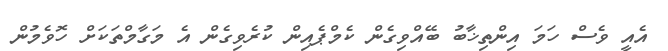
އެއީ ވެސް ހަމަ އިންތިޚާބު ބޭއްވިގެން ކެމްޕެއިން ކުރެވިގެން އެ މަގާމްތަކަށް ހޮވެމުން